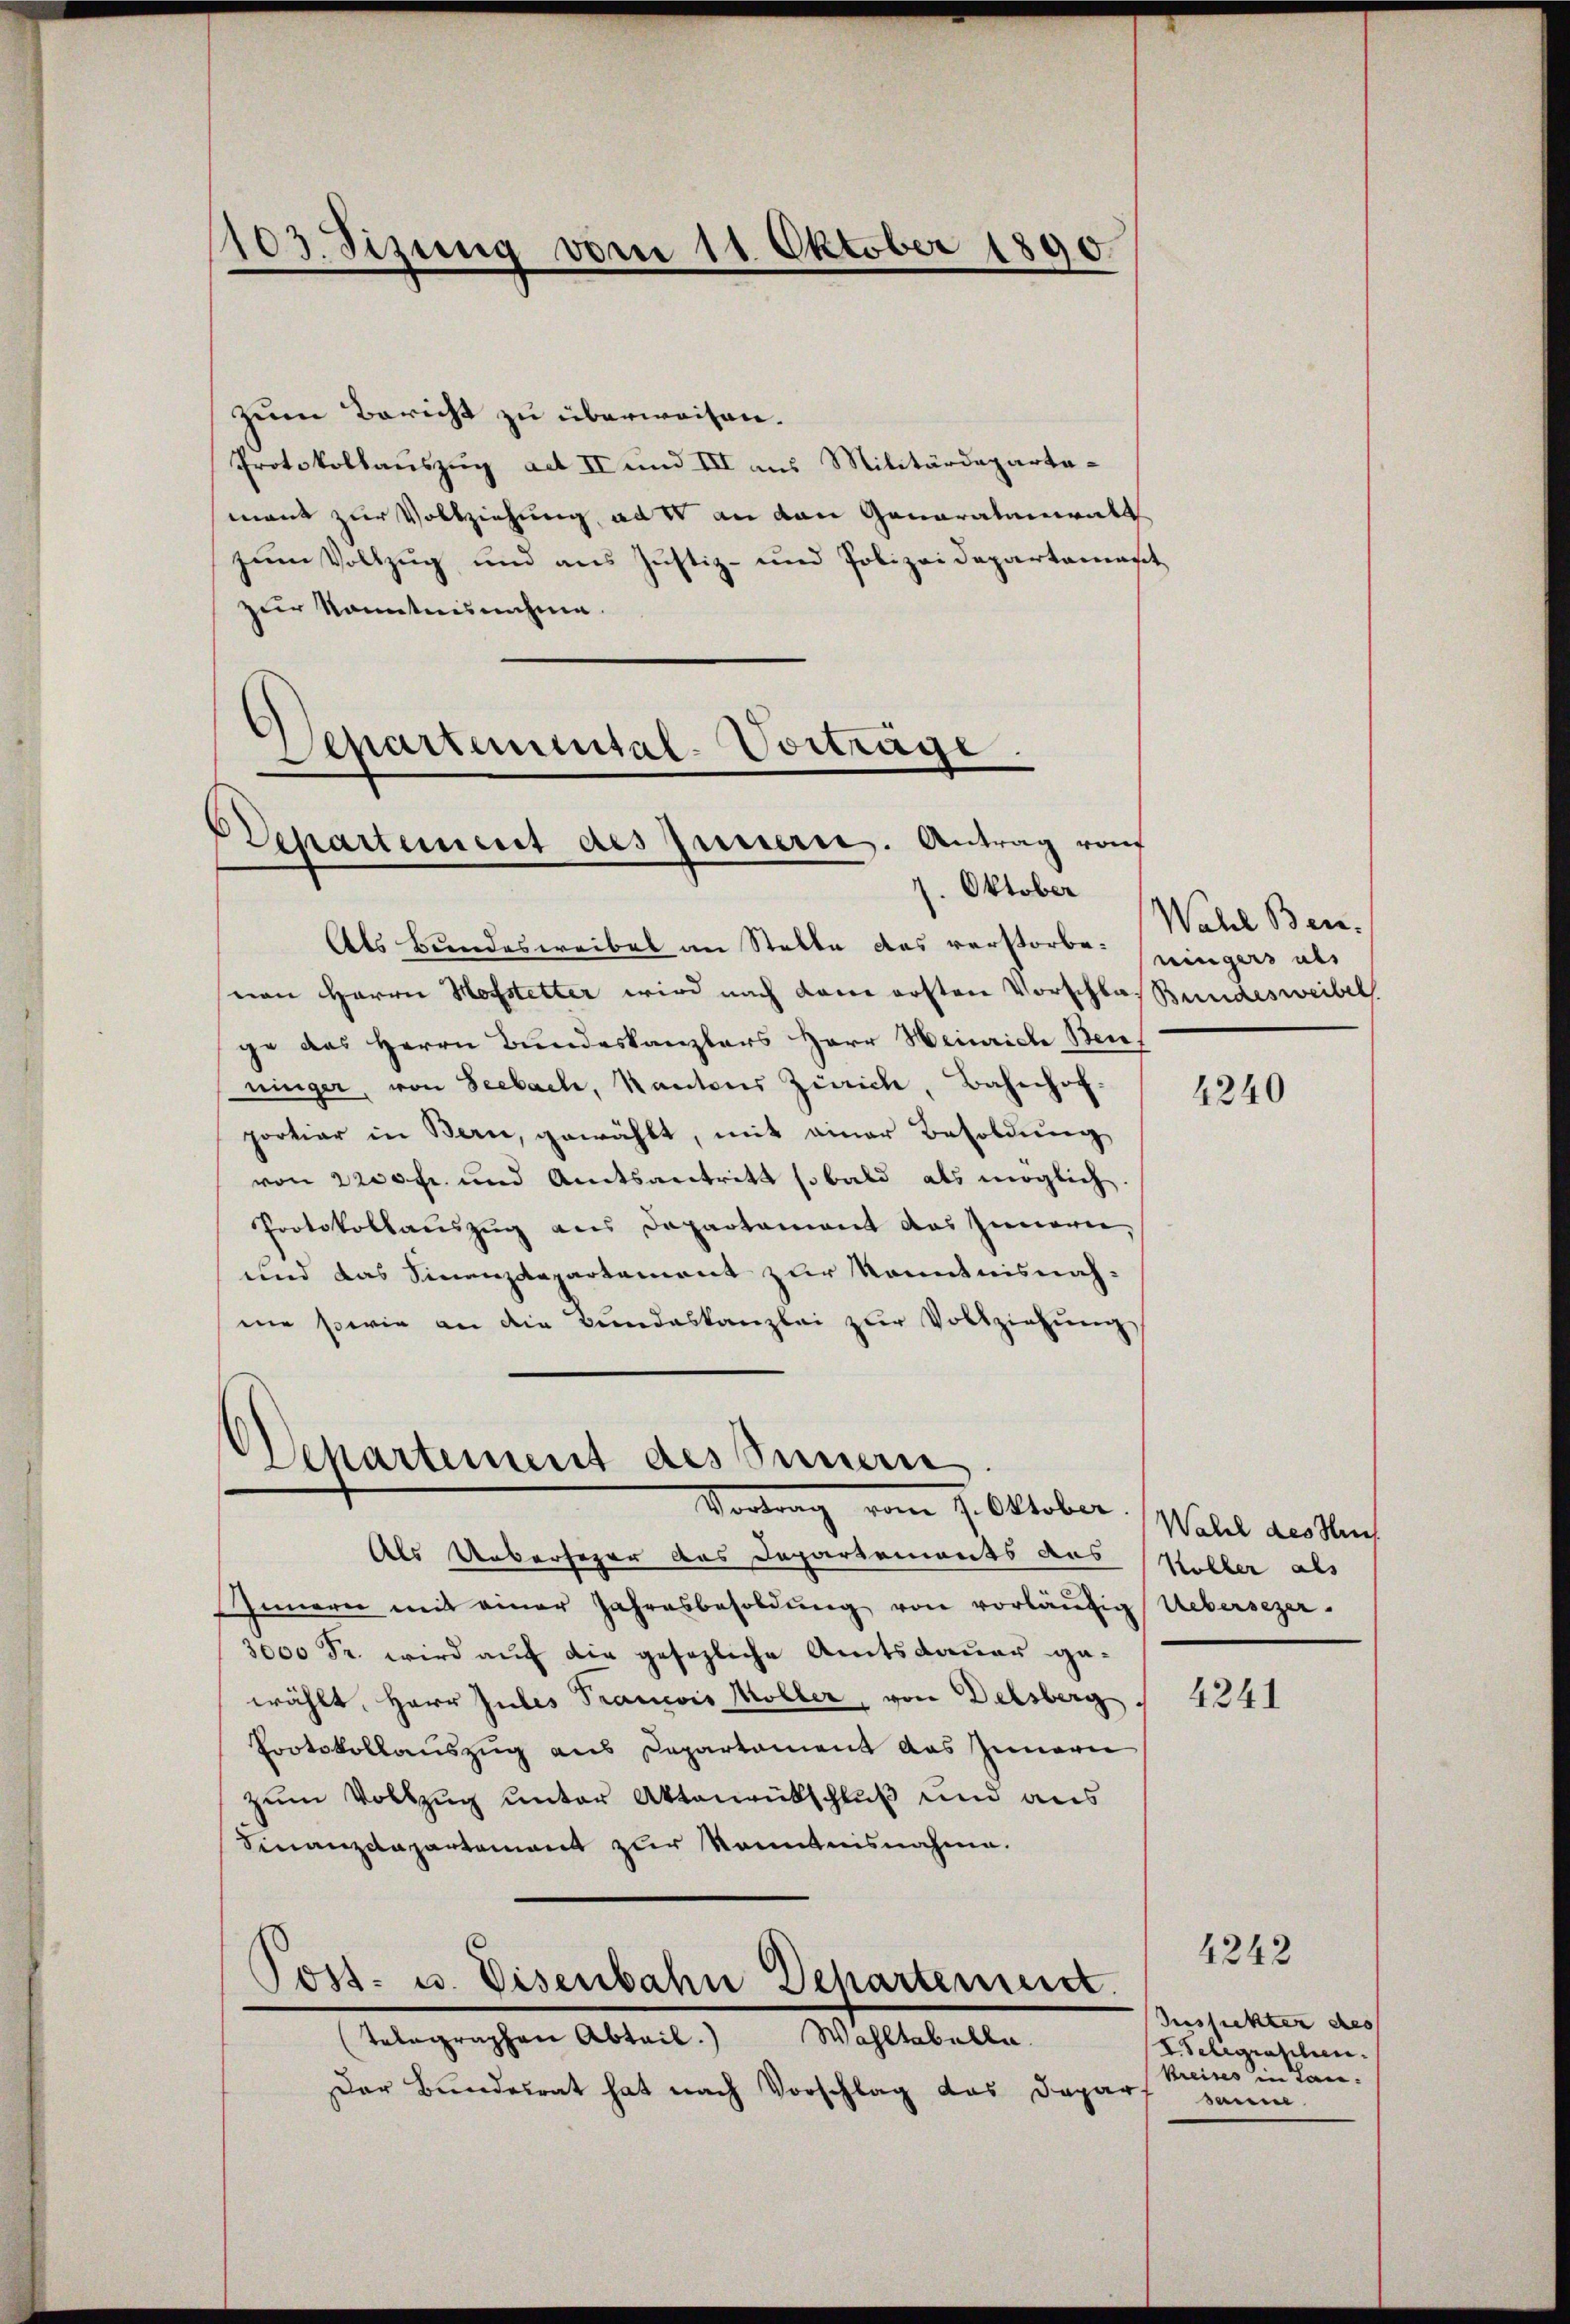
¬
03. Sitzung vom 11. Oktober 1890.

zum Bericht zu überweisen.
Protokollauszug aet II und III aus Militärdeparta-
mant zur Vollziehung, als an den Ganarataneat
zum Vollzug und aus Justiz- und Polizeidepartamast
zur Kenntnisnahme.
Separtemental-Vortrage.

Departement des Innern. Antrag von
1. Oktober

Separtement des Summern
Vortrag vom 7. Oktober. Wall des Nach

Als Bundesweibel an Stelle das verstorbenen Herrn Hofstetter wird nach dann ersten Vorschlaß Bundesweibel
ge das Herrn Bundeskanzlers Herr Heinrich Benninger, von Seebach, Kantons Zürich, Bahnhof.
portiar in Bern, gewählt, mit einer Besoldung
von 2200 fr. und Amtsantritt sobald als möglich.
Protokollauszug aus Departament das Innern,
und das Finanzdepartement zur Kenntnisnahme sowie an die Bŭndeskanzlei zŭr Vollziehŭng

Als Ueberfeger das Departements aus
Innern mit einer Jahresbesoldŭng von vorläufig Uebersezer.
3000 Fr. wird auf die gesezliche Amtsdauer gewählt, Herr Jubes Trancois Möller, von Delsberg.
Protokollauszug aus Departament das Innern
zum Vollzug unter Aktenrütschluß und aus
Finanzdepartement zur Kenntnisnahme.
Post- u. Eisenbahn Dehartement.
Wahltabelle.
telegraphen Abteil.
Der Bundesrat hat nach Vorschlag das Daparf

Wahl Ben
ningers als

4240

Koller als

4241

4242

Aussichter des
I Telegraphien.
kreises in Lansanne.